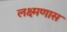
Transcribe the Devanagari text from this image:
लक्ष्मणास